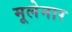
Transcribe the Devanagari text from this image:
मूलेनार